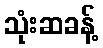
သုံးဆခန့်